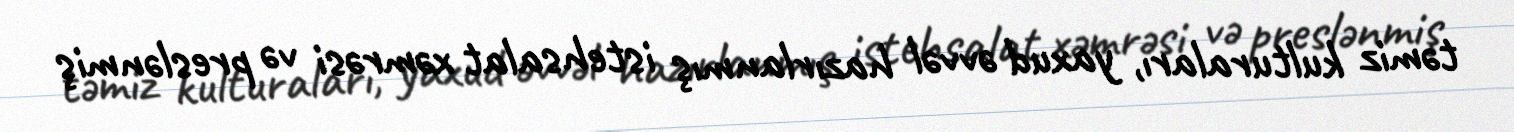
təmiz kulturaları, yaxud əvvəl hazırlanmış istehsalat xəmrəsi və preslənmiş